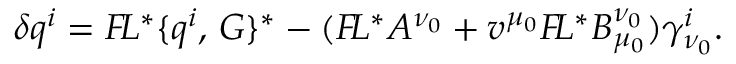
\delta q ^ { i } = { \cal F } \! L ^ { * } \{ q ^ { i } , \, G \} ^ { * } - ( { \cal F } \! L ^ { * } A ^ { \nu _ { 0 } } + v ^ { \mu _ { 0 } } { \cal F } \! L ^ { * } B _ { \mu _ { 0 } } ^ { \nu _ { 0 } } ) \gamma _ { \nu _ { 0 } } ^ { i } .